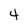
Character: 4